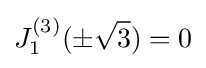
J_{1}^{(3)}(\pm {\sqrt {3}})=0